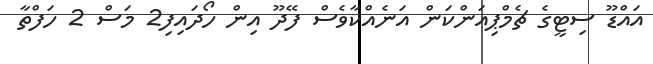
އައްޑޫ ސިޓީގެ ޗެމްޕިއަންކަން އަނެއްކާވެސް ފޭދޫ އިން ހޯދައިފި2 މަސް 2 ހަފްތާ